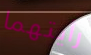
رأيتهما